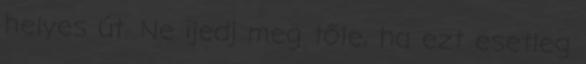
helyes út. Ne ijedj meg tőle, ha ezt esetleg